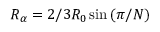
R _ { \alpha } = 2 / 3 R _ { 0 } \sin { ( \pi / N ) }